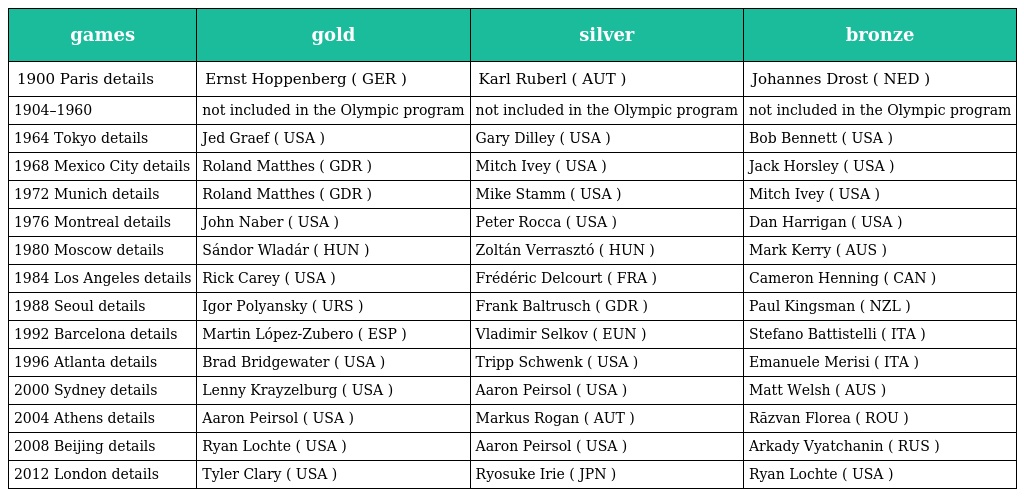
| games | gold | silver | bronze |
 | --- | --- | --- | --- |
 | 1900 Paris details | Ernst Hoppenberg ( GER ) | Karl Ruberl ( AUT ) | Johannes Drost ( NED ) |
 | 1904–1960 | not included in the Olympic program | not included in the Olympic program | not included in the Olympic program |
 | 1964 Tokyo details | Jed Graef ( USA ) | Gary Dilley ( USA ) | Bob Bennett ( USA ) |
 | 1968 Mexico City details | Roland Matthes ( GDR ) | Mitch Ivey ( USA ) | Jack Horsley ( USA ) |
 | 1972 Munich details | Roland Matthes ( GDR ) | Mike Stamm ( USA ) | Mitch Ivey ( USA ) |
 | 1976 Montreal details | John Naber ( USA ) | Peter Rocca ( USA ) | Dan Harrigan ( USA ) |
 | 1980 Moscow details | Sándor Wladár ( HUN ) | Zoltán Verrasztó ( HUN ) | Mark Kerry ( AUS ) |
 | 1984 Los Angeles details | Rick Carey ( USA ) | Frédéric Delcourt ( FRA ) | Cameron Henning ( CAN ) |
 | 1988 Seoul details | Igor Polyansky ( URS ) | Frank Baltrusch ( GDR ) | Paul Kingsman ( NZL ) |
 | 1992 Barcelona details | Martin López-Zubero ( ESP ) | Vladimir Selkov ( EUN ) | Stefano Battistelli ( ITA ) |
 | 1996 Atlanta details | Brad Bridgewater ( USA ) | Tripp Schwenk ( USA ) | Emanuele Merisi ( ITA ) |
 | 2000 Sydney details | Lenny Krayzelburg ( USA ) | Aaron Peirsol ( USA ) | Matt Welsh ( AUS ) |
 | 2004 Athens details | Aaron Peirsol ( USA ) | Markus Rogan ( AUT ) | Răzvan Florea ( ROU ) |
 | 2008 Beijing details | Ryan Lochte ( USA ) | Aaron Peirsol ( USA ) | Arkady Vyatchanin ( RUS ) |
 | 2012 London details | Tyler Clary ( USA ) | Ryosuke Irie ( JPN ) | Ryan Lochte ( USA ) |